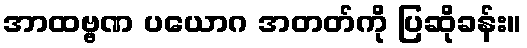
အာထဗ္ဗဏ ပယောဂ အတတ်ကို ပြဆိုခန်း။